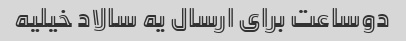
دوساعت برای ارسال یه سالاد خیلیه